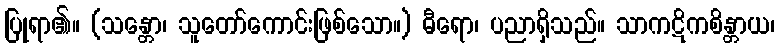
ပြုရာ၏။ (သန္တော၊ သူတော်ကောင်းဖြစ်သော။) ဓီရော၊ ပညာရှိသည်။ သာကဋိကစိန္တာယ၊